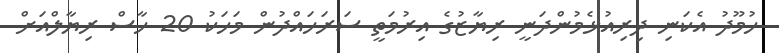
ހުމޫދު އެކަނި ދިރިއުޅެމުންދަނީ ރިޔާޒުގެ އިރުމަތީ ސަރަހައްދުން މަހަކު 20 ހާސް ރިޔާލްއަށް